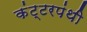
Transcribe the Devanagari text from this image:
कंट्टरपंथी